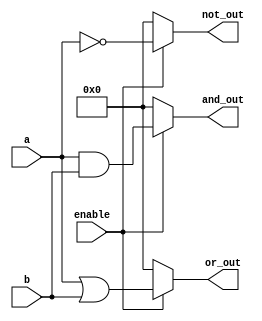
module adjacency_group (
    input wire [3:0] a,          // 4-bit input
    input wire [3:0] b,          // 4-bit input
    input wire enable,           // Control signal to activate the group
    output wire [3:0] and_out,   // Output for AND operation
    output wire [3:0] or_out,    // Output for OR operation
    output wire [3:0] not_out     // Output for NOT operation
);

// Internal signals for shared pathways
wire [3:0] a_not;

// NOT operation on input 'a'
assign a_not = ~a;

// AND operation
assign and_out = enable ? (a & b) : 4'b0000;

// OR operation
assign or_out = enable ? (a | b) : 4'b0000;

// NOT operation
assign not_out = enable ? a_not : 4'b0000;

endmodule